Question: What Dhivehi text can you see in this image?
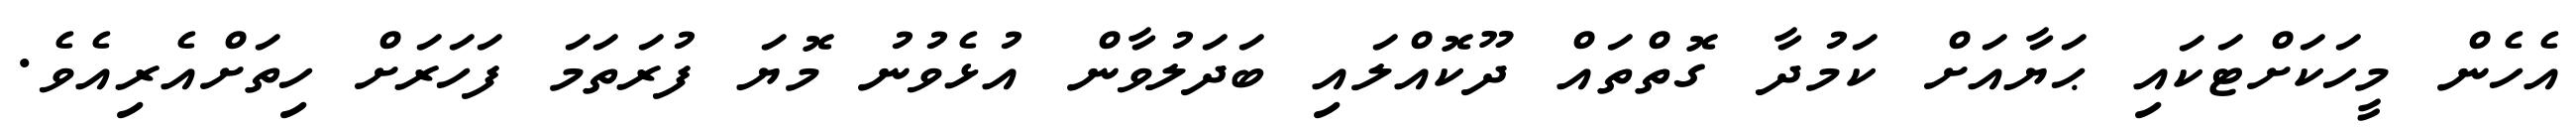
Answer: އެހެން މީހަކަށްޓަކައި ޙަޔާއަށް ކަމުދާ ގޮތްތައް ދޫކޮއްލައި ބަދަލުވާން އުޅެވުނު މޮޔަ ފުރަތަމަ ފަހަރަށް ހިތަށްއެރިއެވެ.